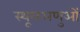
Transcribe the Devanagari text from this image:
स्थूलअणुओं